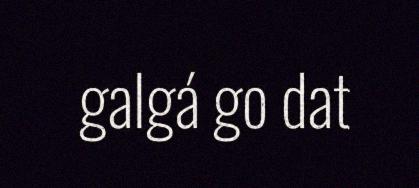
galgá go dat